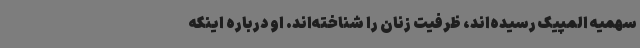
سهمیه المپیک رسیده‌اند، ظرفیت زنان را شناخته‌اند. او درباره اینکه